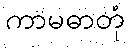
ကာမဓာတုံ